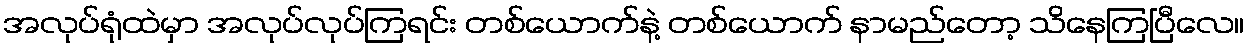
အလုပ်ရုံထဲမှာ အလုပ်လုပ်ကြရင်း တစ်ယောက်နဲ့ တစ်ယောက် နာမည်တော့ သိနေကြပြီလေ။